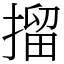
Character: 㨨